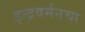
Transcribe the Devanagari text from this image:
इन्द्रवर्मनचा